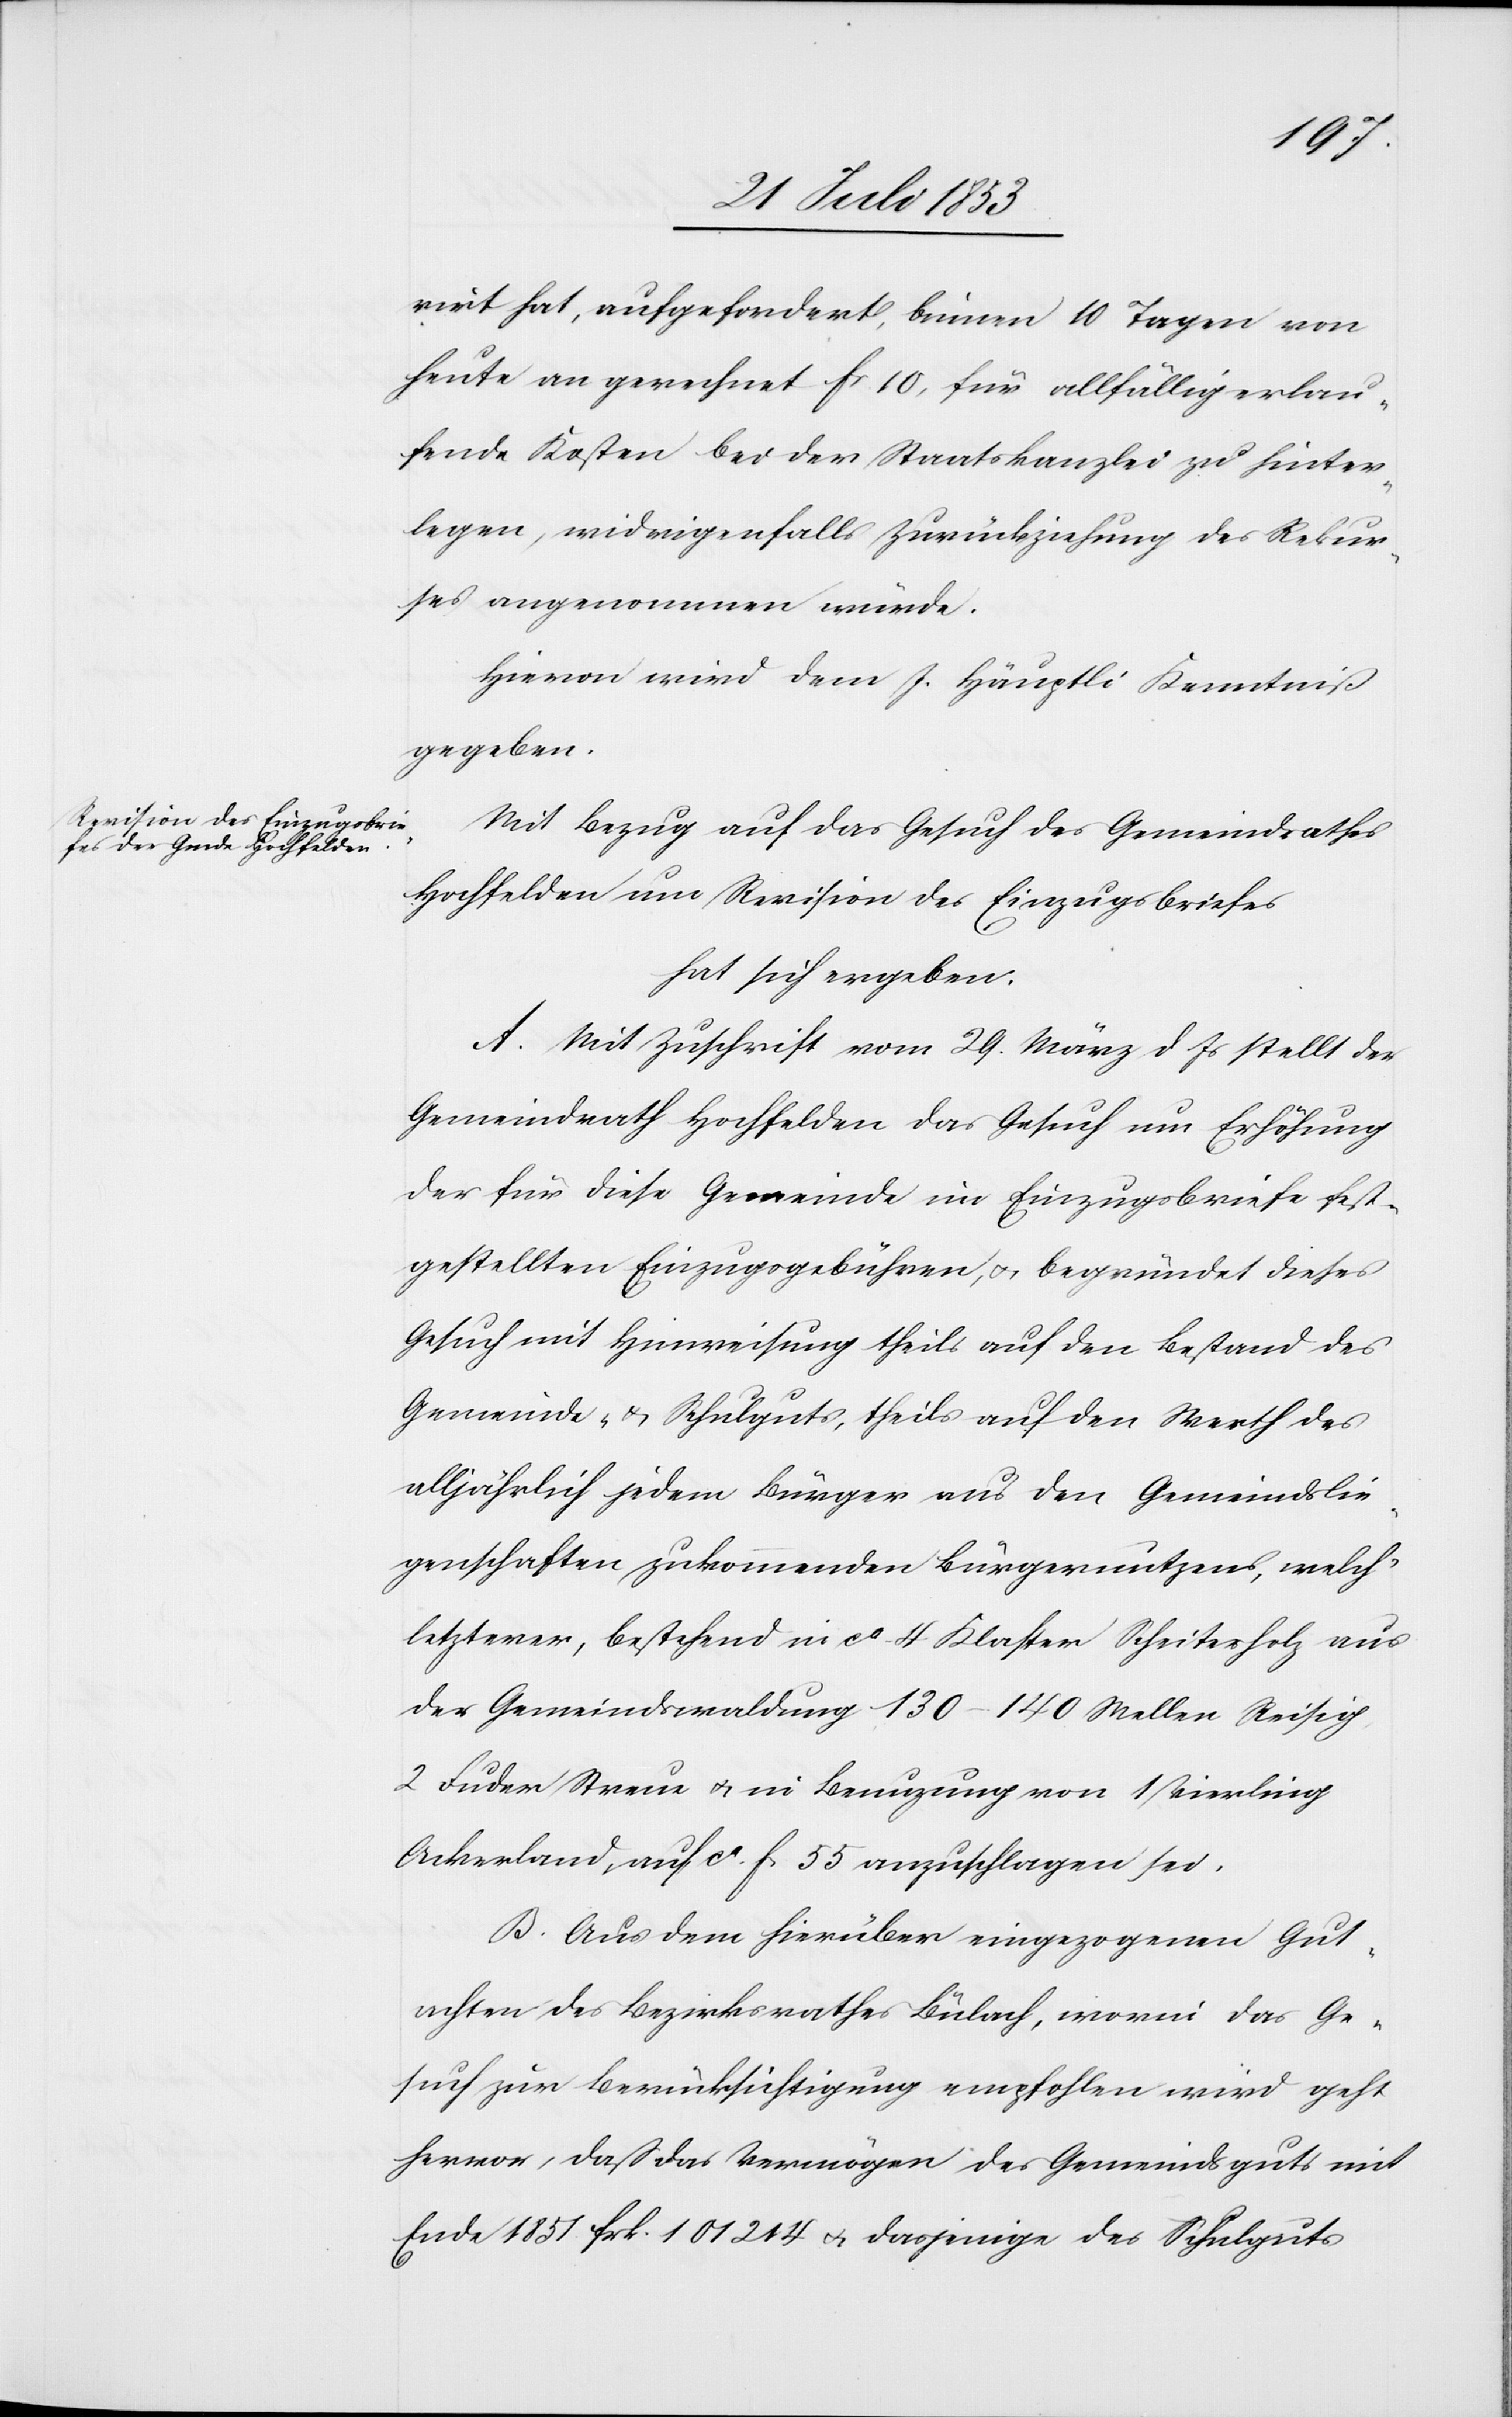
rirt hat, aufgefordert, binnen 10 Tagen von
heute an gerechnet fr 10, für allfällig erlau¬
fende Kosten bei der Staatskanzlei zu hinter¬
legen, widrigenfalls Zurückziehung des Rekur¬
ses angenommen würde.
Hievon wird dem J. Häuptli Kenntniß
gegeben.
Mit Bezug auf das Gesuch des Gemeindrathes
Hochfelden um Revision des Einzugsbriefes
hat sich ergeben:
A. Mit Zuschrift vom 29 März d. Js. stellt der
Gemeindrath Hochfelden das Gesuch um Erhöhung
der für diese Gemeinde im Einzugsbriefe fest¬
gestellten Einzugsgebühren, u. begründet dieses
Gesuch mit Hinweisung theils auf den Bestand des
Gemeinde- u. Schulguts, theils auf den Werth des
alljährlich jedem Bürger aus den Gemeindslie¬
genschaften zukommenden Bürgernutzens, welch’
letzterer, bestehend in ca 4 Klaster Scheiterholz aus
der Gemeindswaldung 130–140 Wellen Reisig,
2 Fuder Streu u. in Benuzung von 1 eierling
Ackerland, auf ca f. 55 anzuschlagen sei.
B. Aus dem hierüber eingezogenen Gut¬
achten des Bezirksrathes Bülach, worin das Ge¬
such zur Berücksichtigung empfohlen wird geht
hervor, daß das Vermögen des Gemeindsguts mit
Ende 1857 frk. 101 214 u. dasjenige des Schulguts